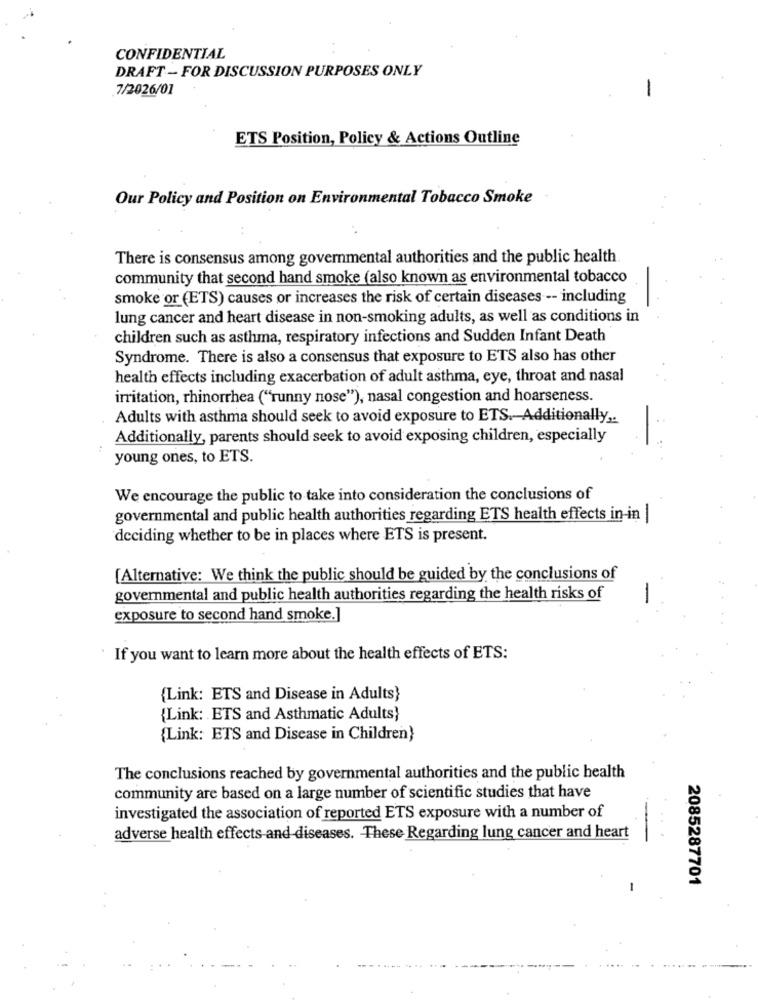
CONFIDENTIAL
DRAFT - FOR DISCUSSION PURPOSES ONLY
7/2026/01
-
ETS Position, Policy & Actions Outline
Our Policy and Position on Environmental Tobacco Smoke
There is consensus among governmental authorities and the public health.
community that second hand smoke (also known as environmental tobacco
smoke or (ETS) causes or increases the risk of certain diseases -- including
lung cancer and heart disease in non-smoking adults, as well as conditions in
children such as asthma, respiratory infections and Sudden Infant Death
Syndrome. There is also a consensus that exposure to ETS also has other
health effects including exacerbation of adult asthma, eye, throat and nasal
irritation, rhinorrhea ("runny nose"), nasal congestion and hoarseness.
Adults with asthma should seek to avoid exposure to ETS. Additionally ,.
Additionally, parents should seek to avoid exposing children, especially
young ones, to ETS.
We encourage the public to take into consideration the conclusions of
governmental and public health authorities regarding ETS health effects in-in |
deciding whether to be in places where ETS is present.
[Alternative: We think the public should be guided by the conclusions of
governmental and public health authorities regarding the health risks of
-
exposure to second hand smoke.]
If you want to learn more about the health effects of ETS:
{Link: ETS and Disease in Adults}
{Link: ETS and Asthmatic Adults}
(Link: ETS and Disease in Children)
The conclusions reached by governmental authorities and the public health
community are based on a large number of scientific studies that have
investigated the association of reported ETS exposure with a number of
adverse health effects and diseases. These Regarding lung cancer and heart
2085287701